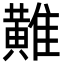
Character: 𪏌